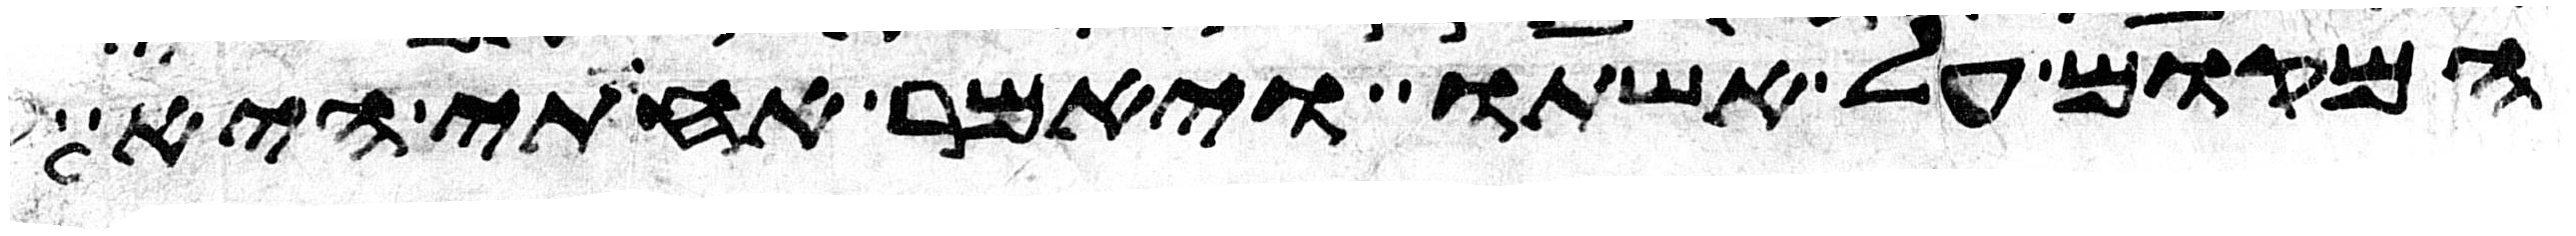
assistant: המקום על אשתו ויאמר אחותי היא